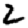
Digit: 2